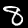
Label: 8